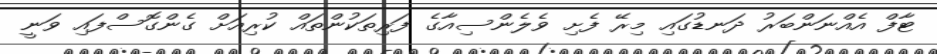
ޓާފް އެެއްނަންބަރު ދަނޑުގައި މިރޭ ފެށި ވެލެންސިއާގެ ފަރިތަކުންތައް ކުރިއަށް ގެންގޮސްފައި ވަނީ